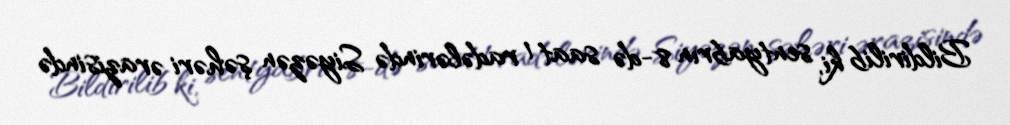
Bildirilib ki, sentyabrın 8-də saat 1 radələrində Siyəzən şəhəri ərazisində